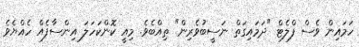
ހަމައިން ވެސް ފްލެޓް "ދަމައިގަތް ނަސީބުވެރިން" ތިއްބެވެ. މިއީ ކޮންކަހަލަ އިންސާފެއް ހެއްޔެވެ